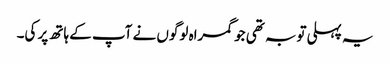
یہ پہلی توبہ تھی جو گمراہ لوگوں نے آپ کے ہاتھ پر کی۔